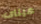
عيناى